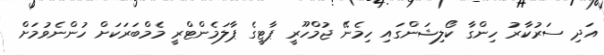
އަދި ސަރުކާރު ހިންގާ ކޯލިޝަންގައި ހިމެނޭ ޖުމްހޫރީ ޕާޓީގެ ޕާލަމެންޓްރީ މެމްބަރަކަށް ހުންނެވުމަށް